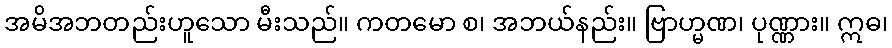
အမိအဘတည်းဟူသော မီးသည်။ ကတမော စ၊ အဘယ်နည်း။ ဗြာဟ္မဏ၊ ပုဏ္ဏား။ ဣဓ၊